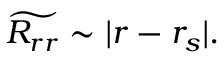
\widetilde { R _ { r r } } \sim | r - r _ { s } | .